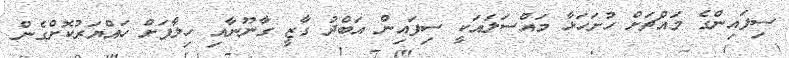
ސިފައިންގެ މައްޗަށް ހުށަހަޅާ މައްސަލައަކީ ސިފައިން އަބްދު ގާޒީ ގާނޫނާއި ހިލާފަށް ހައްޔަރުކޮށްގެން